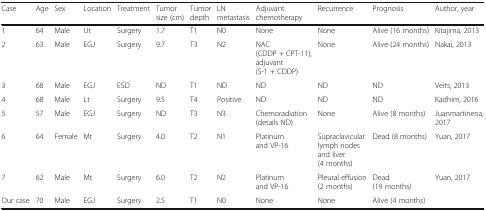
<table><thead><tr><td><b>Case</b></td><td><b>Age</b></td><td><b>Sex</b></td><td><b>Location</b></td><td><b>Treatment</b></td><td><b>Tumor size (cm)</b></td><td><b>Tumor depth</b></td><td><b>LN metastasis</b></td><td><b>Adjuvant chemotherapy</b></td><td><b>Recurrence</b></td><td><b>Prognosis</b></td><td><b>Author, year</b></td></tr></thead><tbody><tr><td>1</td><td>64</td><td>Male</td><td>Ut</td><td>Surgery</td><td>1.7</td><td>T1</td><td>N0</td><td>None</td><td>None</td><td>Alive (16 months)</td><td>Kitajima, 2013</td></tr><tr><td>2</td><td>63</td><td>Male</td><td>EGJ</td><td>Surgery</td><td>9.7</td><td>T3</td><td>N2</td><td>NAC (CDDP + CPT-11), adjuvant (S-1 + CDDP)</td><td>None</td><td>Alive (24 months)</td><td>Nakai, 2013</td></tr><tr><td>3</td><td>68</td><td>Male</td><td>EGJ</td><td>ESD</td><td>ND</td><td>T1</td><td>ND</td><td>ND</td><td>ND</td><td>ND</td><td>Veits, 2013</td></tr><tr><td>4</td><td>68</td><td>Male</td><td>Lt</td><td>Surgery</td><td>9.5</td><td>T4</td><td>Positive</td><td>ND</td><td>ND</td><td>ND</td><td>Kadhim, 2016</td></tr><tr><td>5</td><td>57</td><td>Male</td><td>EGJ</td><td>Surgery</td><td>ND</td><td>T3</td><td>N3</td><td>Chemoradiation (details ND)</td><td>None</td><td>Alive (8 months)</td><td>Juanmartinena, 2017</td></tr><tr><td>6</td><td>64</td><td>Female</td><td>Mt</td><td>Surgery</td><td>4.0</td><td>T2</td><td>N1</td><td>Platinum and VP-16</td><td>Supraclavicular lymph nodes and liver (4 months)</td><td>Dead (8 months)</td><td>Yuan, 2017</td></tr><tr><td>7</td><td>62</td><td>Male</td><td>Mt</td><td>Surgery</td><td>6.0</td><td>T2</td><td>N2</td><td>Platinum and VP-16</td><td>Pleural effusion (2 months)</td><td>Dead (19 months)</td><td>Yuan, 2017</td></tr><tr><td>Our case</td><td>70</td><td>Male</td><td>EGJ</td><td>Surgery</td><td>2.5</td><td>T1</td><td>N0</td><td>None</td><td>None</td><td>Alive (4 months)</td><td></td></tr></tbody></table>